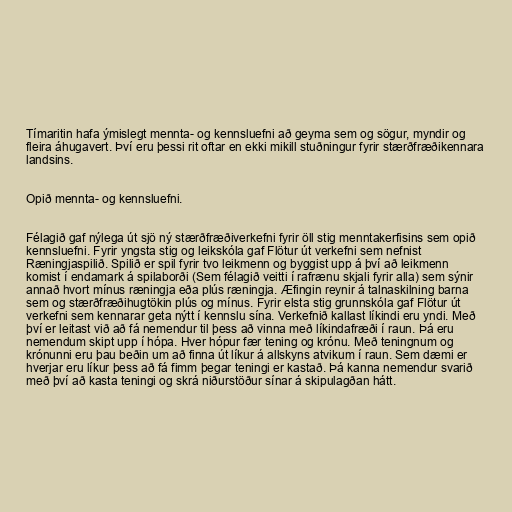
Tímaritin hafa ýmislegt mennta- og kennsluefni að geyma sem og sögur, myndir og
fleira áhugavert. Því eru þessi rit oftar en ekki mikill stuðningur fyrir stærðfræðikennara
landsins.

Opið mennta- og kennsluefni.

Félagið gaf nýlega út sjö ný stærðfræðiverkefni fyrir öll stig menntakerfisins sem opið
kennsluefni. Fyrir yngsta stig og leikskóla gaf Flötur út verkefni sem nefnist
Ræningjaspilið. Spilið er spil fyrir tvo leikmenn og byggist upp á því að leikmenn
komist í endamark á spilaborði (Sem félagið veitti í rafrænu skjali fyrir alla) sem sýnir
annað hvort mínus ræningja eða plús ræningja. Æfingin reynir á talnaskilning barna
sem og stærðfræðihugtökin plús og mínus. Fyrir elsta stig grunnskóla gaf Flötur út
verkefni sem kennarar geta nýtt í kennslu sína. Verkefnið kallast líkindi eru yndi. Með
því er leitast við að fá nemendur til þess að vinna með líkindafræði í raun. Þá eru
nemendum skipt upp í hópa. Hver hópur fær tening og krónu. Með teningnum og
krónunni eru þau beðin um að finna út líkur á allskyns atvikum í raun. Sem dæmi er
hverjar eru líkur þess að fá fimm þegar teningi er kastað. Þá kanna nemendur svarið
með því að kasta teningi og skrá niðurstöður sínar á skipulagðan hátt.